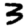
Digit: 3